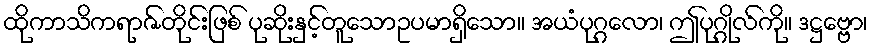
ထိုကာသိကရာဇ်တိုင်းဖြစ် ပုဆိုးနှင့်တူသောဥပမာရှိသော။ အယံပုဂ္ဂလော၊ ဤပုဂ္ဂိုလ်ကို။ ဒဋ္ဌဗ္ဗော၊